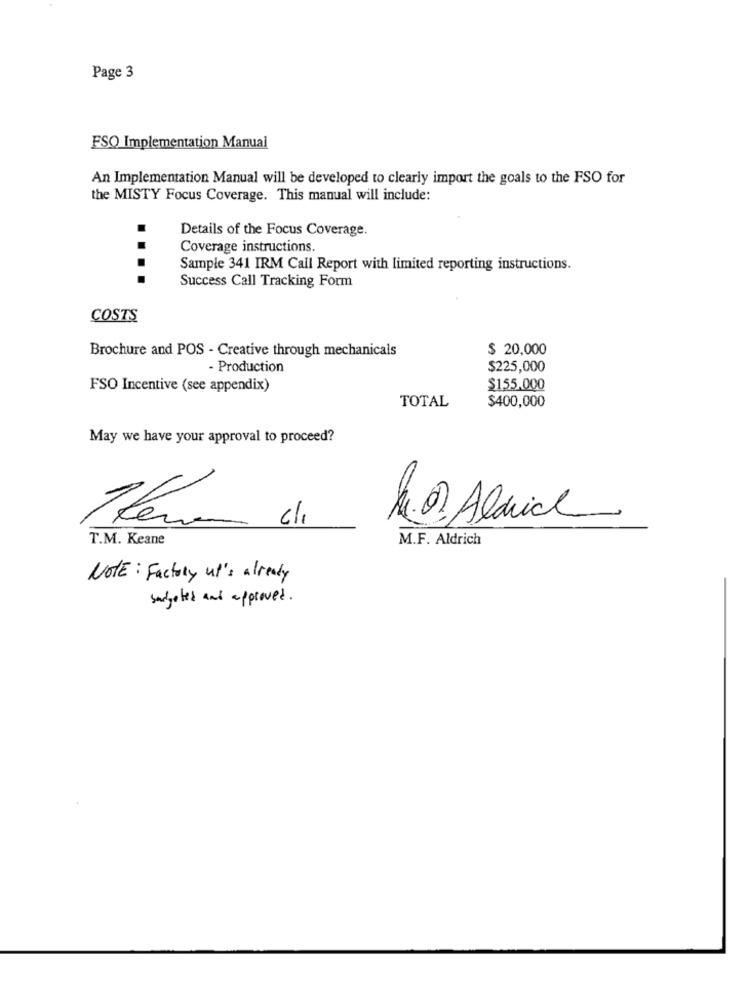
Page 3
FSQ Implementation Manual
An Implementation Manual will be developed to clearly import the goals to the FSO for
the MISTY Focus Coverage. This manual will include:
Details of the Focus Coverage.
Coverage instructions.
Sample 341 IRM Call Report with limited reporting instructions.
....
Success Call Tracking Form
COSTS
Brochure and POS - Creative through mechanicals
$ 20,000
- Production
$225,000
FSO Incentive (see appendix)
$155,000
$400,000
TOTAL
May we have your approval to proceed?
10
14. 0 Aldrich
cli
T.M. Keane
M.F. Aldrich
NOTE: Factory ut's already
surgeles and approved .